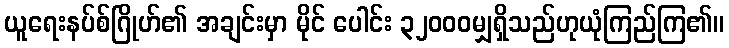
ယူရေးနပ်စ်ဂြိုဟ်၏ အချင်းမှာ မိုင် ပေါင်း ၃၂၀၀၀မျှရှိသည်ဟုယုံကြည်ကြ၏။